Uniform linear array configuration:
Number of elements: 24
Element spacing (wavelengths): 1
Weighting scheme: cosine
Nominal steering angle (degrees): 0
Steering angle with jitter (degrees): -0.1759
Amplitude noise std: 0.05
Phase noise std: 0.05

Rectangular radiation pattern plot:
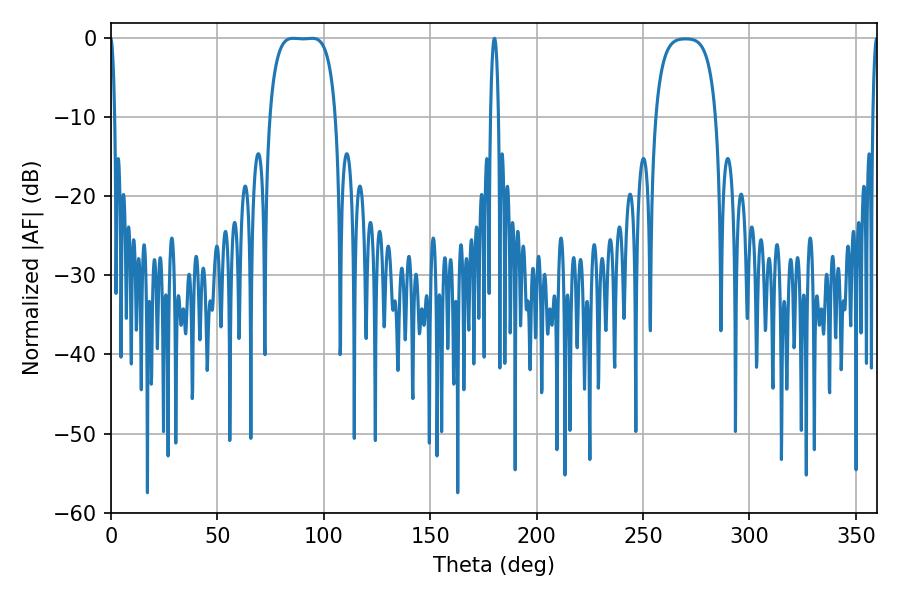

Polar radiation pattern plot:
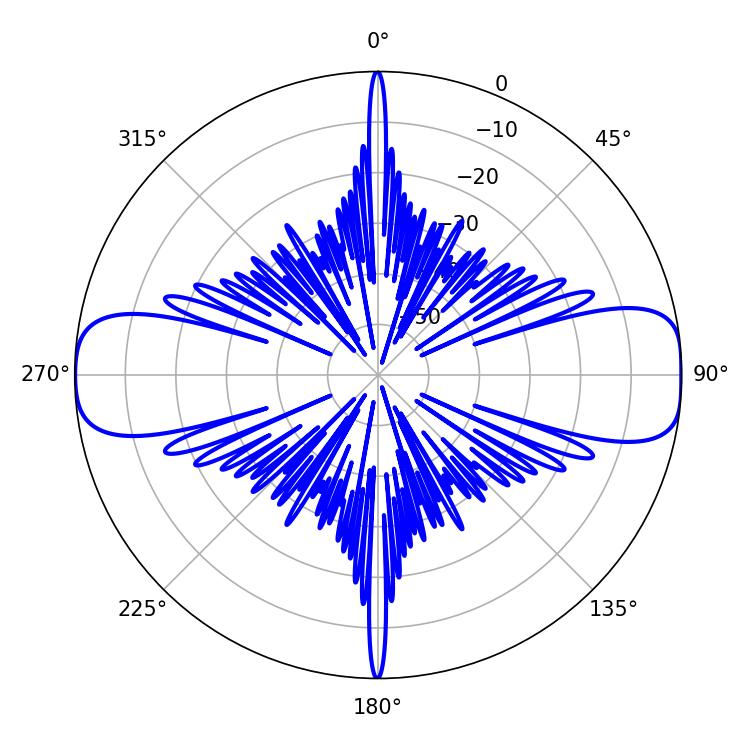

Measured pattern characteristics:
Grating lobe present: TRUE
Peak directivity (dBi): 14.687
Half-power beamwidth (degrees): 24.12
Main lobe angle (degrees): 85.5